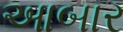
આબાર